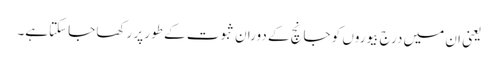
یعنی ان میں درج بیوروں کو جانچ کے دوران ثبوت کے طور پر رکھا جاسکتاہے۔